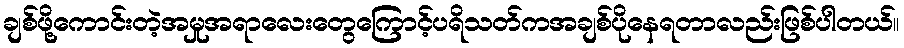
ချစ်ဖို့ကောင်းတဲ့အမှုအရာလေးတွေကြောင့်ပရိသတ်ကအချစ်ပိုနေရတာလည်းဖြစ်ပါတယ်။